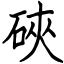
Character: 硤